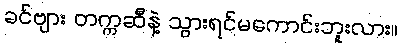
ခင်ဗျား တက္ကဆီနဲ့ သွားရင်မကောင်းဘူးလား။